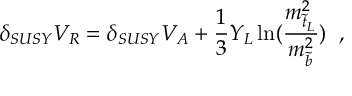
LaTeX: \delta _ { S U S Y } V _ { R } = \delta _ { S U S Y } V _ { A } + \frac { 1 } { 3 } Y _ { L } \ln ( \frac { m _ { \tilde { t } _ { L } } ^ { 2 } } { m _ { \tilde { b } } ^ { 2 } } ) \; \; ,